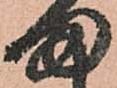
ま